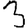
Digit: 3